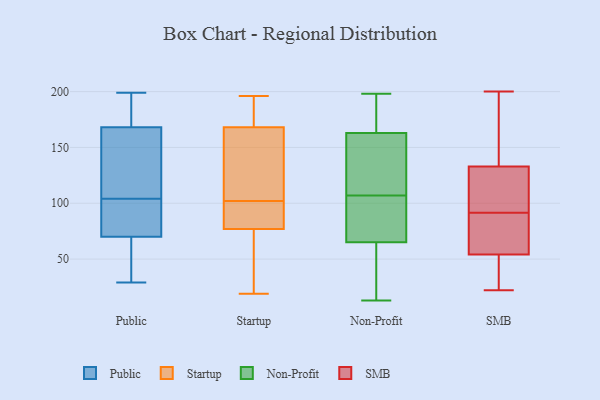
{"axis": {"x": "Backlog", "y": "Value"}, "legend": ["Non-Profit", "Public", "SMB", "Startup"], "data": [{"x": "", "y": 129, "type": "Public"}, {"x": "", "y": 43, "type": "Public"}, {"x": "", "y": 108, "type": "Public"}, {"x": "", "y": 104, "type": "Public"}, {"x": "", "y": 32, "type": "Public"}, {"x": "", "y": 165, "type": "Public"}, {"x": "", "y": 29, "type": "Public"}, {"x": "", "y": 65, "type": "Public"}, {"x": "", "y": 199, "type": "Public"}, {"x": "", "y": 171, "type": "Public"}, {"x": "", "y": 175, "type": "Public"}, {"x": "", "y": 98, "type": "Public"}, {"x": "", "y": 85, "type": "Public"}, {"x": "", "y": 169, "type": "Public"}, {"x": "", "y": 104, "type": "Public"}, {"x": "", "y": 106, "type": "Startup"}, {"x": "", "y": 62, "type": "Startup"}, {"x": "", "y": 129, "type": "Startup"}, {"x": "", "y": 98, "type": "Startup"}, {"x": "", "y": 77, "type": "Startup"}, {"x": "", "y": 77, "type": "Startup"}, {"x": "", "y": 168, "type": "Startup"}, {"x": "", "y": 21, "type": "Startup"}, {"x": "", "y": 183, "type": "Startup"}, {"x": "", "y": 19, "type": "Startup"}, {"x": "", "y": 176, "type": "Startup"}, {"x": "", "y": 128, "type": "Startup"}, {"x": "", "y": 178, "type": "Startup"}, {"x": "", "y": 59, "type": "Startup"}, {"x": "", "y": 85, "type": "Startup"}, {"x": "", "y": 96, "type": "Startup"}, {"x": "", "y": 110, "type": "Startup"}, {"x": "", "y": 196, "type": "Startup"}, {"x": "", "y": 13, "type": "Non-Profit"}, {"x": "", "y": 165, "type": "Non-Profit"}, {"x": "", "y": 67, "type": "Non-Profit"}, {"x": "", "y": 59, "type": "Non-Profit"}, {"x": "", "y": 152, "type": "Non-Profit"}, {"x": "", "y": 184, "type": "Non-Profit"}, {"x": "", "y": 98, "type": "Non-Profit"}, {"x": "", "y": 109, "type": "Non-Profit"}, {"x": "", "y": 64, "type": "Non-Profit"}, {"x": "", "y": 105, "type": "Non-Profit"}, {"x": "", "y": 14, "type": "Non-Profit"}, {"x": "", "y": 78, "type": "Non-Profit"}, {"x": "", "y": 65, "type": "Non-Profit"}, {"x": "", "y": 111, "type": "Non-Profit"}, {"x": "", "y": 198, "type": "Non-Profit"}, {"x": "", "y": 175, "type": "Non-Profit"}, {"x": "", "y": 163, "type": "Non-Profit"}, {"x": "", "y": 123, "type": "Non-Profit"}, {"x": "", "y": 62, "type": "SMB"}, {"x": "", "y": 54, "type": "SMB"}, {"x": "", "y": 168, "type": "SMB"}, {"x": "", "y": 200, "type": "SMB"}, {"x": "", "y": 26, "type": "SMB"}, {"x": "", "y": 171, "type": "SMB"}, {"x": "", "y": 22, "type": "SMB"}, {"x": "", "y": 32, "type": "SMB"}, {"x": "", "y": 120, "type": "SMB"}, {"x": "", "y": 100, "type": "SMB"}, {"x": "", "y": 76, "type": "SMB"}, {"x": "", "y": 83, "type": "SMB"}, {"x": "", "y": 130, "type": "SMB"}, {"x": "", "y": 45, "type": "SMB"}, {"x": "", "y": 133, "type": "SMB"}, {"x": "", "y": 110, "type": "SMB"}, {"x": "", "y": 153, "type": "SMB"}, {"x": "", "y": 76, "type": "SMB"}]}